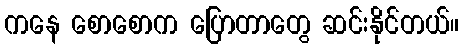
ကနေ စောစောက ပြောတာတွေ ဆင်းနိုင်တယ်။